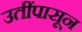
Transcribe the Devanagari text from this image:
उतींपासून